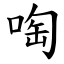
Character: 啕